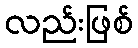
လည်းဖြစ်